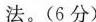
法。（6分）